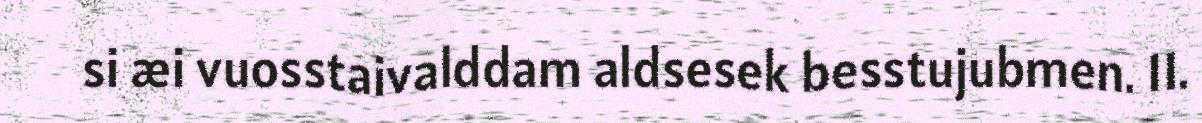
si æi vuosstaivalddam aldsesek besstujubmen. 11.